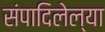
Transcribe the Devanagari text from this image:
संपादिलेल्या